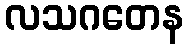
လသဂတေန